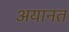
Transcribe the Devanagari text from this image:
अयानत